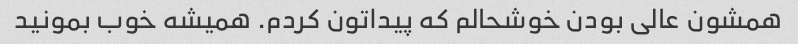
همشون عالی بودن خوشحالم که پیداتون کردم. همیشه خوب بمونید